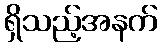
ရှိသည့်အနက်